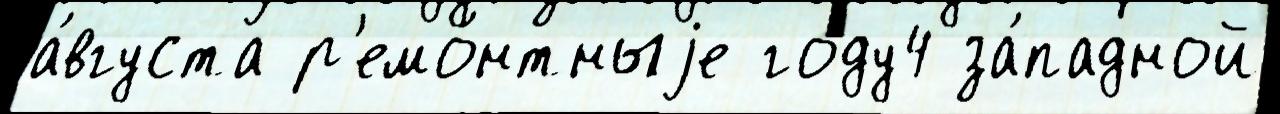
а́вгуста р'емо́нтныjе году4 за́падной